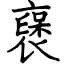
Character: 襃